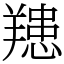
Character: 䍺